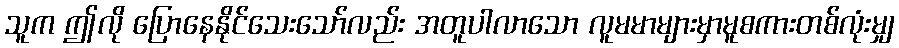
သူက ဤလို ပြောနေနိုင်သေးသော်လည်း အတူပါလာသော လူမမာများမှာမူစကားတစ်လုံးမျှ